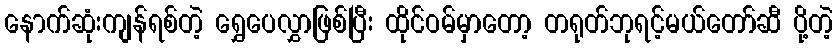
နောက်ဆုံးကျန်ရစ်တဲ့ ရွှေပေလွှာဖြစ်ပြီး ထိုင်ဝမ်မှာတော့ တရုတ်ဘုရင့်မယ်တော်ဆီ ပို့တဲ့